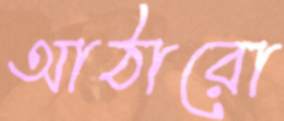
আঠারো